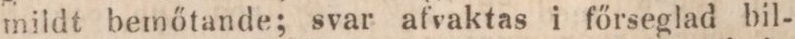
mildt bemőtande; svar afvaktas i főrseglad bil-